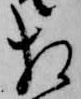
相